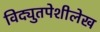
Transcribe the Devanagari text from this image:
विद्युतपेशीलेख